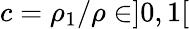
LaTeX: c=\rho_{1}/\rho\in]0,1[